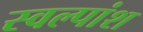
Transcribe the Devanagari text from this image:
स्वल्पांश